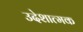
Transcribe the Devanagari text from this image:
उदेशात्मक